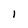
Character: I